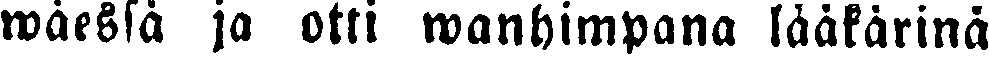
wäessä ja otti wanhimpana lääkärinä